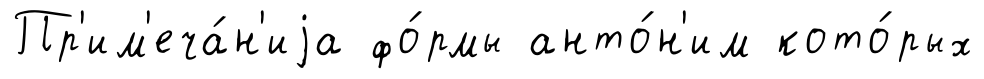
Пр'им'еча́н'иjа фо́рмы анто́н'им кото́рых